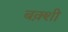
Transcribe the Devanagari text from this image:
बक़्शी